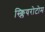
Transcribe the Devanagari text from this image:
स्क्लियरोटोम